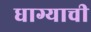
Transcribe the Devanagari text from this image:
धाग्याची